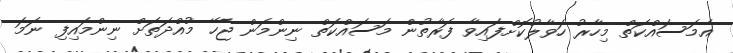
އެމަސައްކަތް މިހާރު ހަވާލުކޮށްފައިވާ ފަރާތުން މަސައްކަތް ނިންމަން ޖެހޭ މުއްދަތަށް ނިންމައިފި ނަމަ